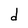
Character: d